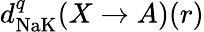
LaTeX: d_{\textrm{NaK}}^{q}(X\to A)(r)